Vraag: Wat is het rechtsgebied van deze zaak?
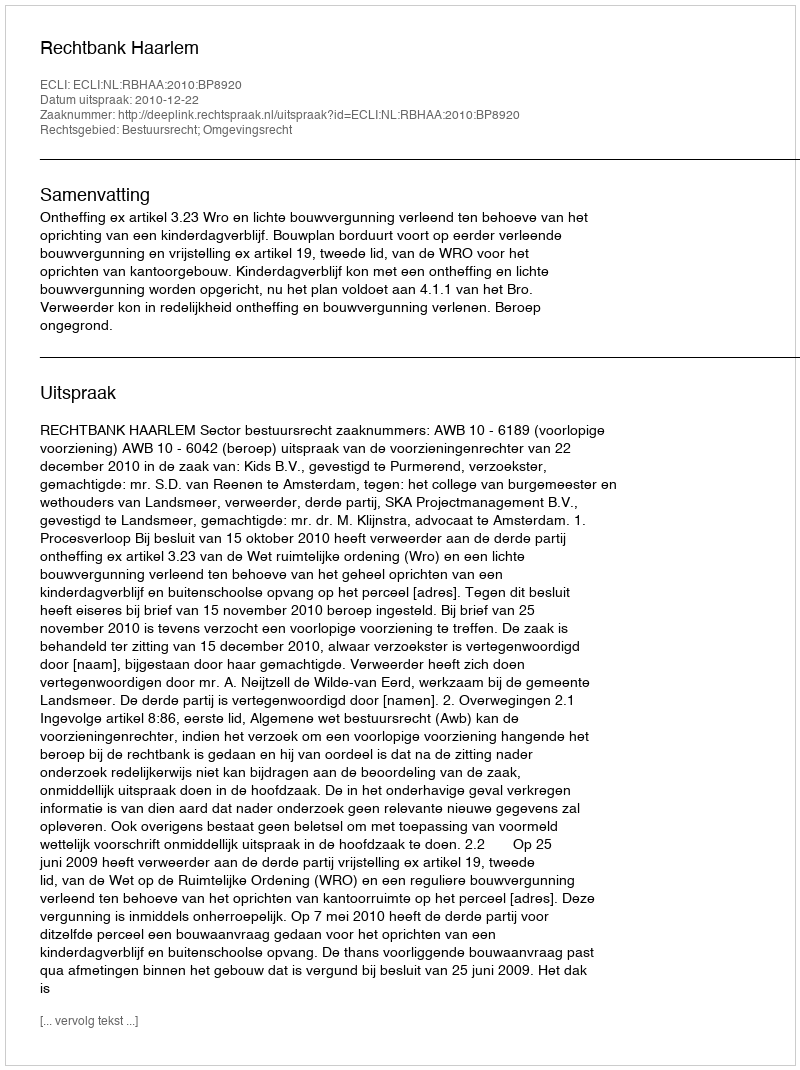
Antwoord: Bestuursrecht; Omgevingsrecht